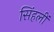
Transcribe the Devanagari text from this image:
सिंहलीं